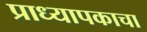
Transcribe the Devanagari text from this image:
प्राध्यापकाचा